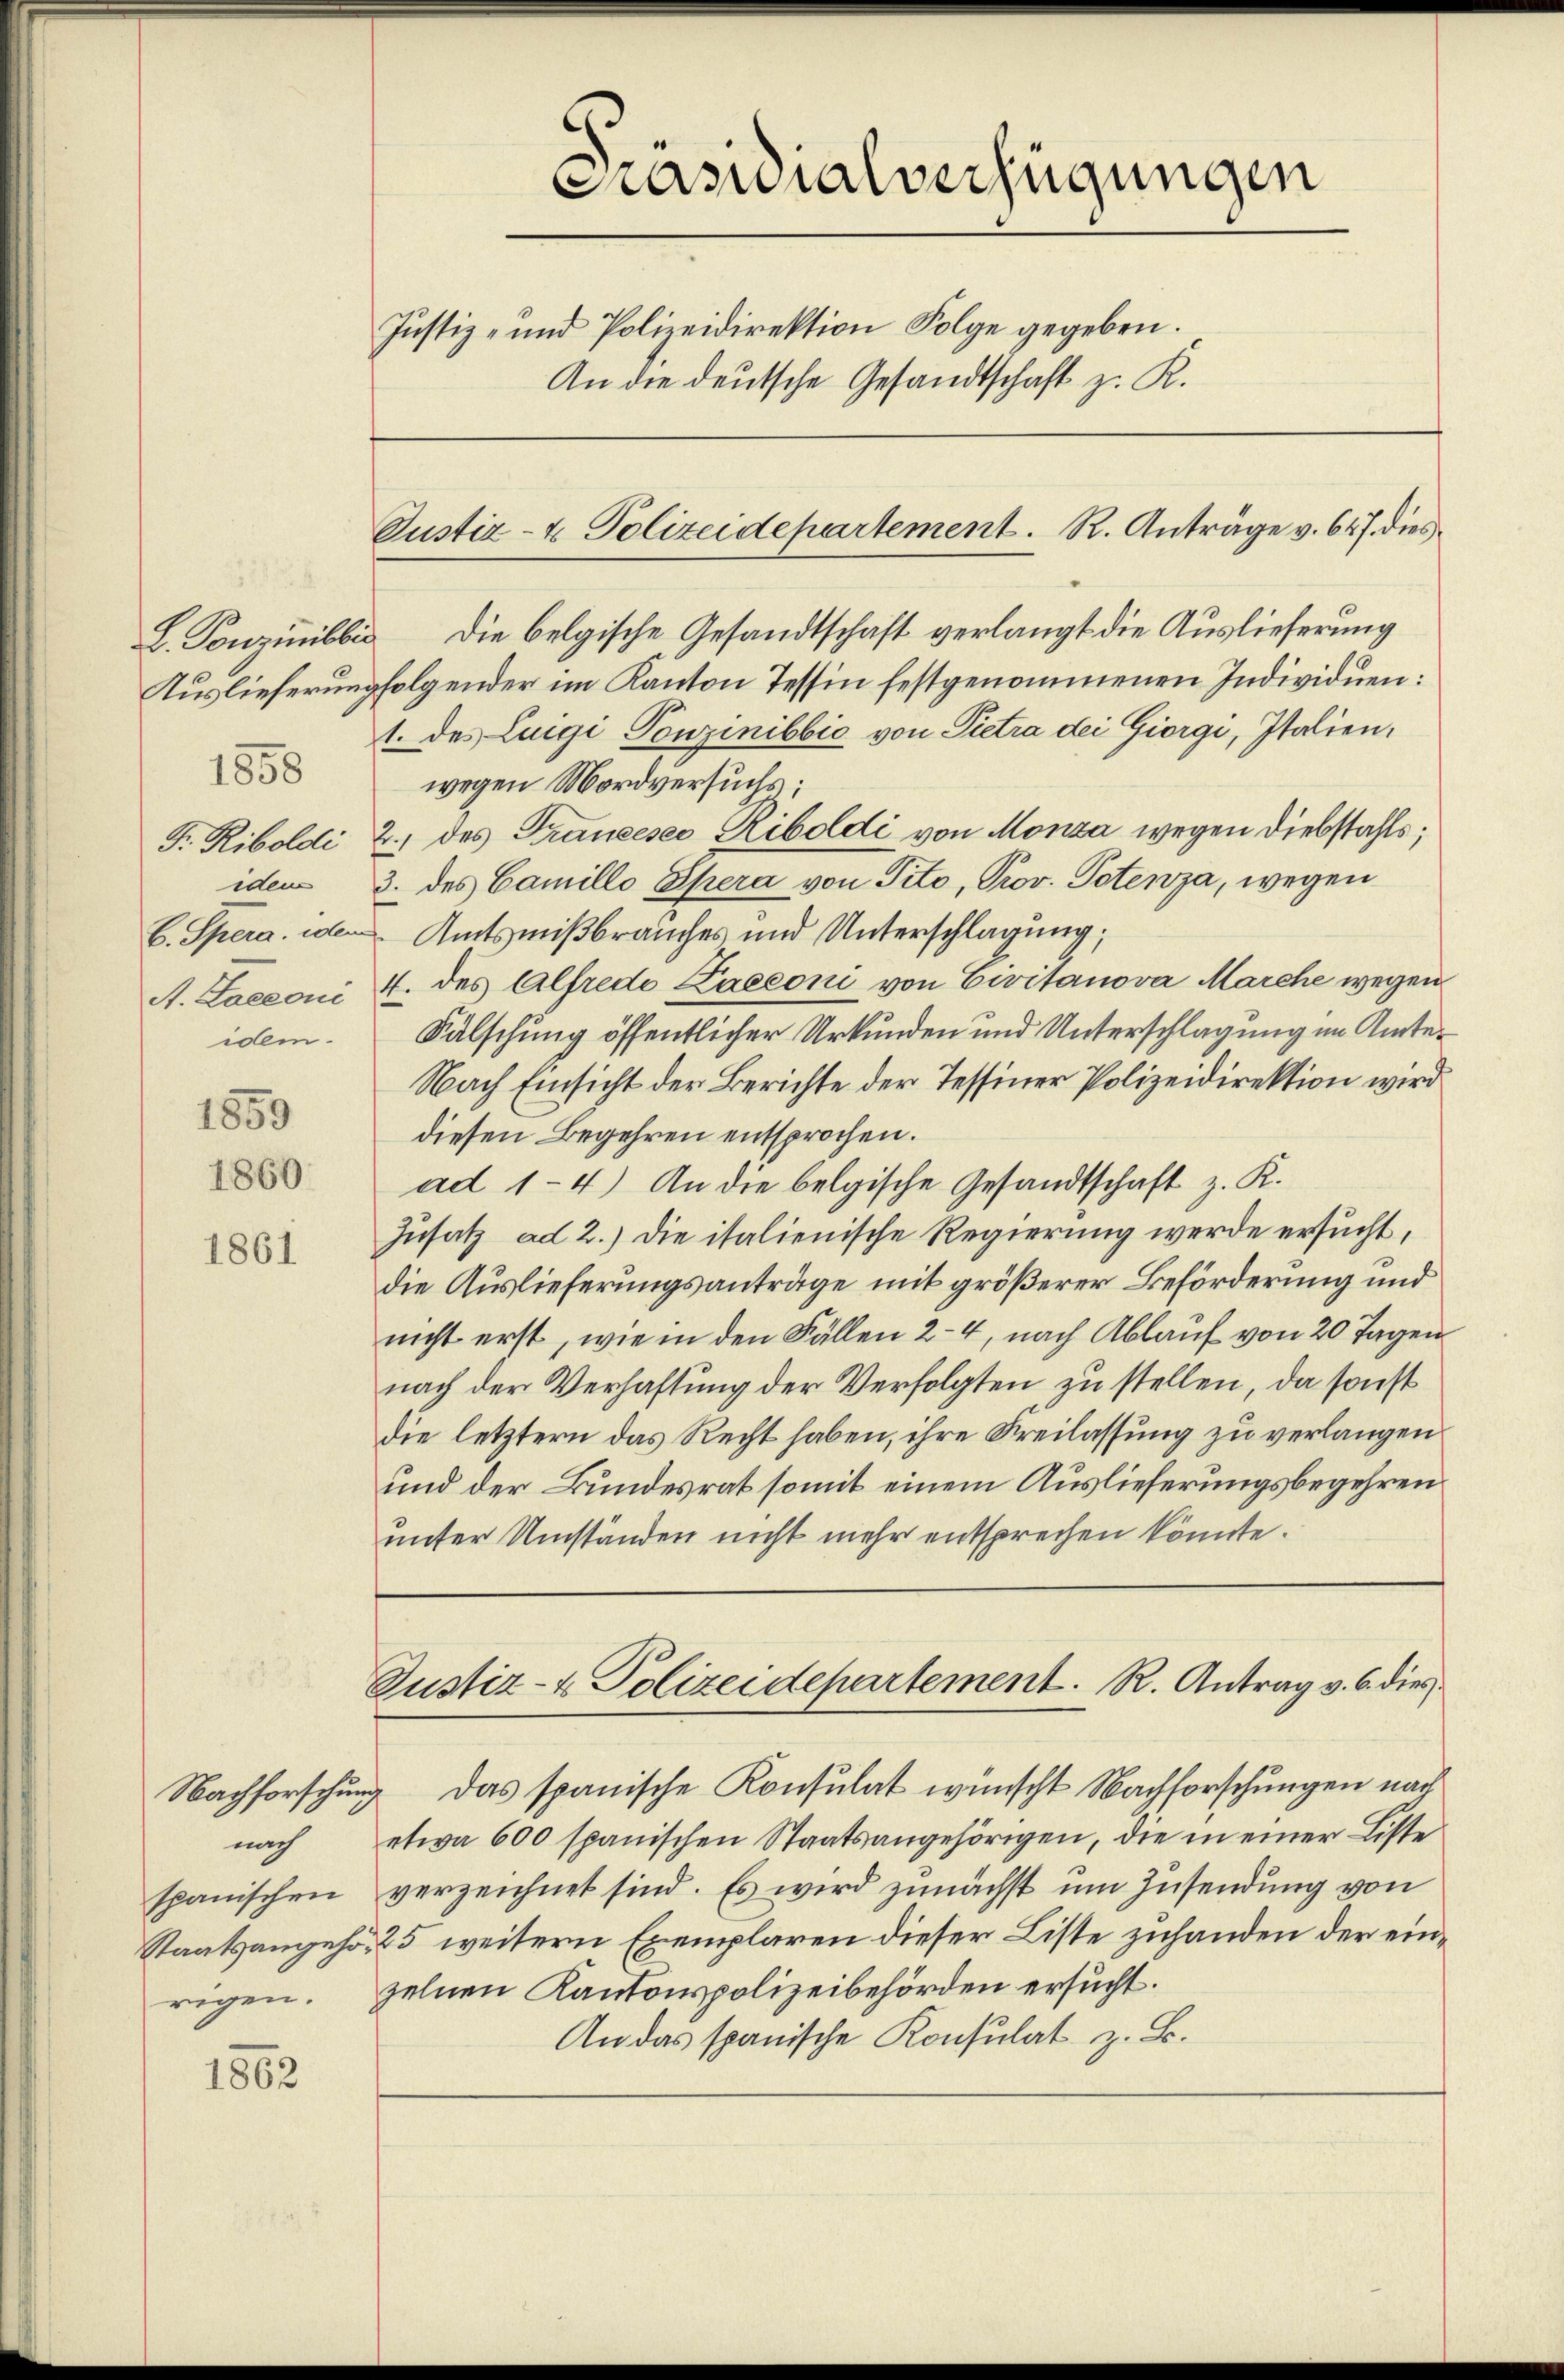
1858
A. Loeconi
idem.

1859

1860
1861

Nachforschung
nach
spanischen
Staatsangehörigen.

1862

Masialverfügungen
Justiz- und Polizeidirektion Folge gegeben.
An die deutsche Gesandtschaft z. K.

Justiz- & Polizeidepartement. R. Anträge v. 647. dies¬

L. Konzinibbia Die belgische Gesandtschaft verlangt die Auslieferung
Auslieferung folgender im Kanton Tessin festgenommenen Individuen:
1. des Luigi Ponzinibbic von Pietra der Giorgi, Italien,
wegen Mordversuchs:
F. Riboldi 2.) des Francesco Riboldi von Monza wegen Diebstahls;
iden 3. des Camillo Spera von Tito, Prov. Potenza, wegen
b. Spera, iden Amtsnißbrauches und Unterschlagung,
4. des Alfrede Laeeoni von Civitanova Marche wegen
Fälschung öffentlicher Urkunden und Unterschlagung im Amte¬
Nach Einsicht der Berichte der Tessiner Polizeidirektion wird
diesen Begehren entsprochen.
ad 1-4.) An die belgische Gesandtschaft z. K.
Zusatz ad 2.) Die italienische Regierung werde ersucht,
die Auslieferungsanträge mit größerer Beförderung und
nicht erst, wie in den Fällen 2-4, nach Ablauf von 20 Tagen
nach der Verhaftung der Verfolgten zu stellen, da sonst
die letztern das Recht haben, ihre Kreilassung zu verlangen
und der Bundesrat somit einem Auslieferungsbegehren
unter Umständen nicht mehr entsprechen könnte.

Justiz- & Polizeidepartement. R. Antrag v. 6. dies

Das spanische Konsulat wünscht Nachforschungen nach
etwa 600 spanischen Staatsangehörigen, die in einer Liste
verzeichnet sind. Es wird zunächst um Zusendung von
25 weitern Exemplaren dieser Liste zuhanden der einzelnen Kantonspolizeibehörden ersucht.
An das spanische Konsulat z. B.